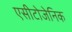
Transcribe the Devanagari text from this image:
एसीटोजेनिक